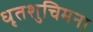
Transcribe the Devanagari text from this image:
धृतशुचिमना